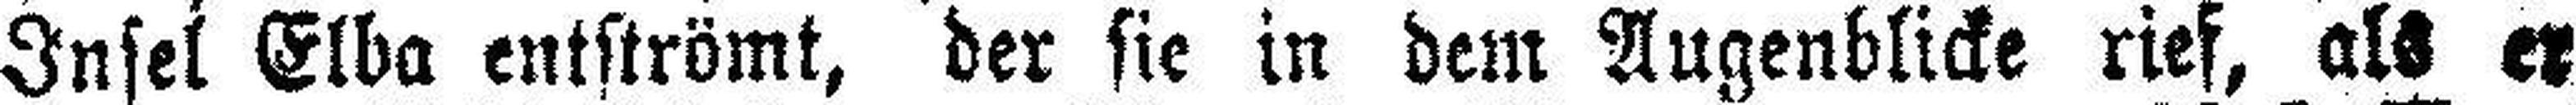
Insel Elba entströmt, der sie in dem Augenblicke rief, als er